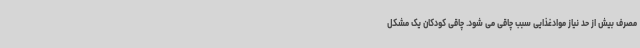
مصرف بیش از حد نیاز موادغذایی سبب چاقی می شود. چاقی کودکان یک مشکل